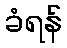
ခံရန်